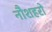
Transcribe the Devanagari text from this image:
नौशहरो